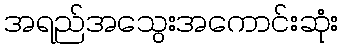
အရည်အသွေးအကောင်းဆုံး